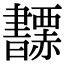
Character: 𧺅